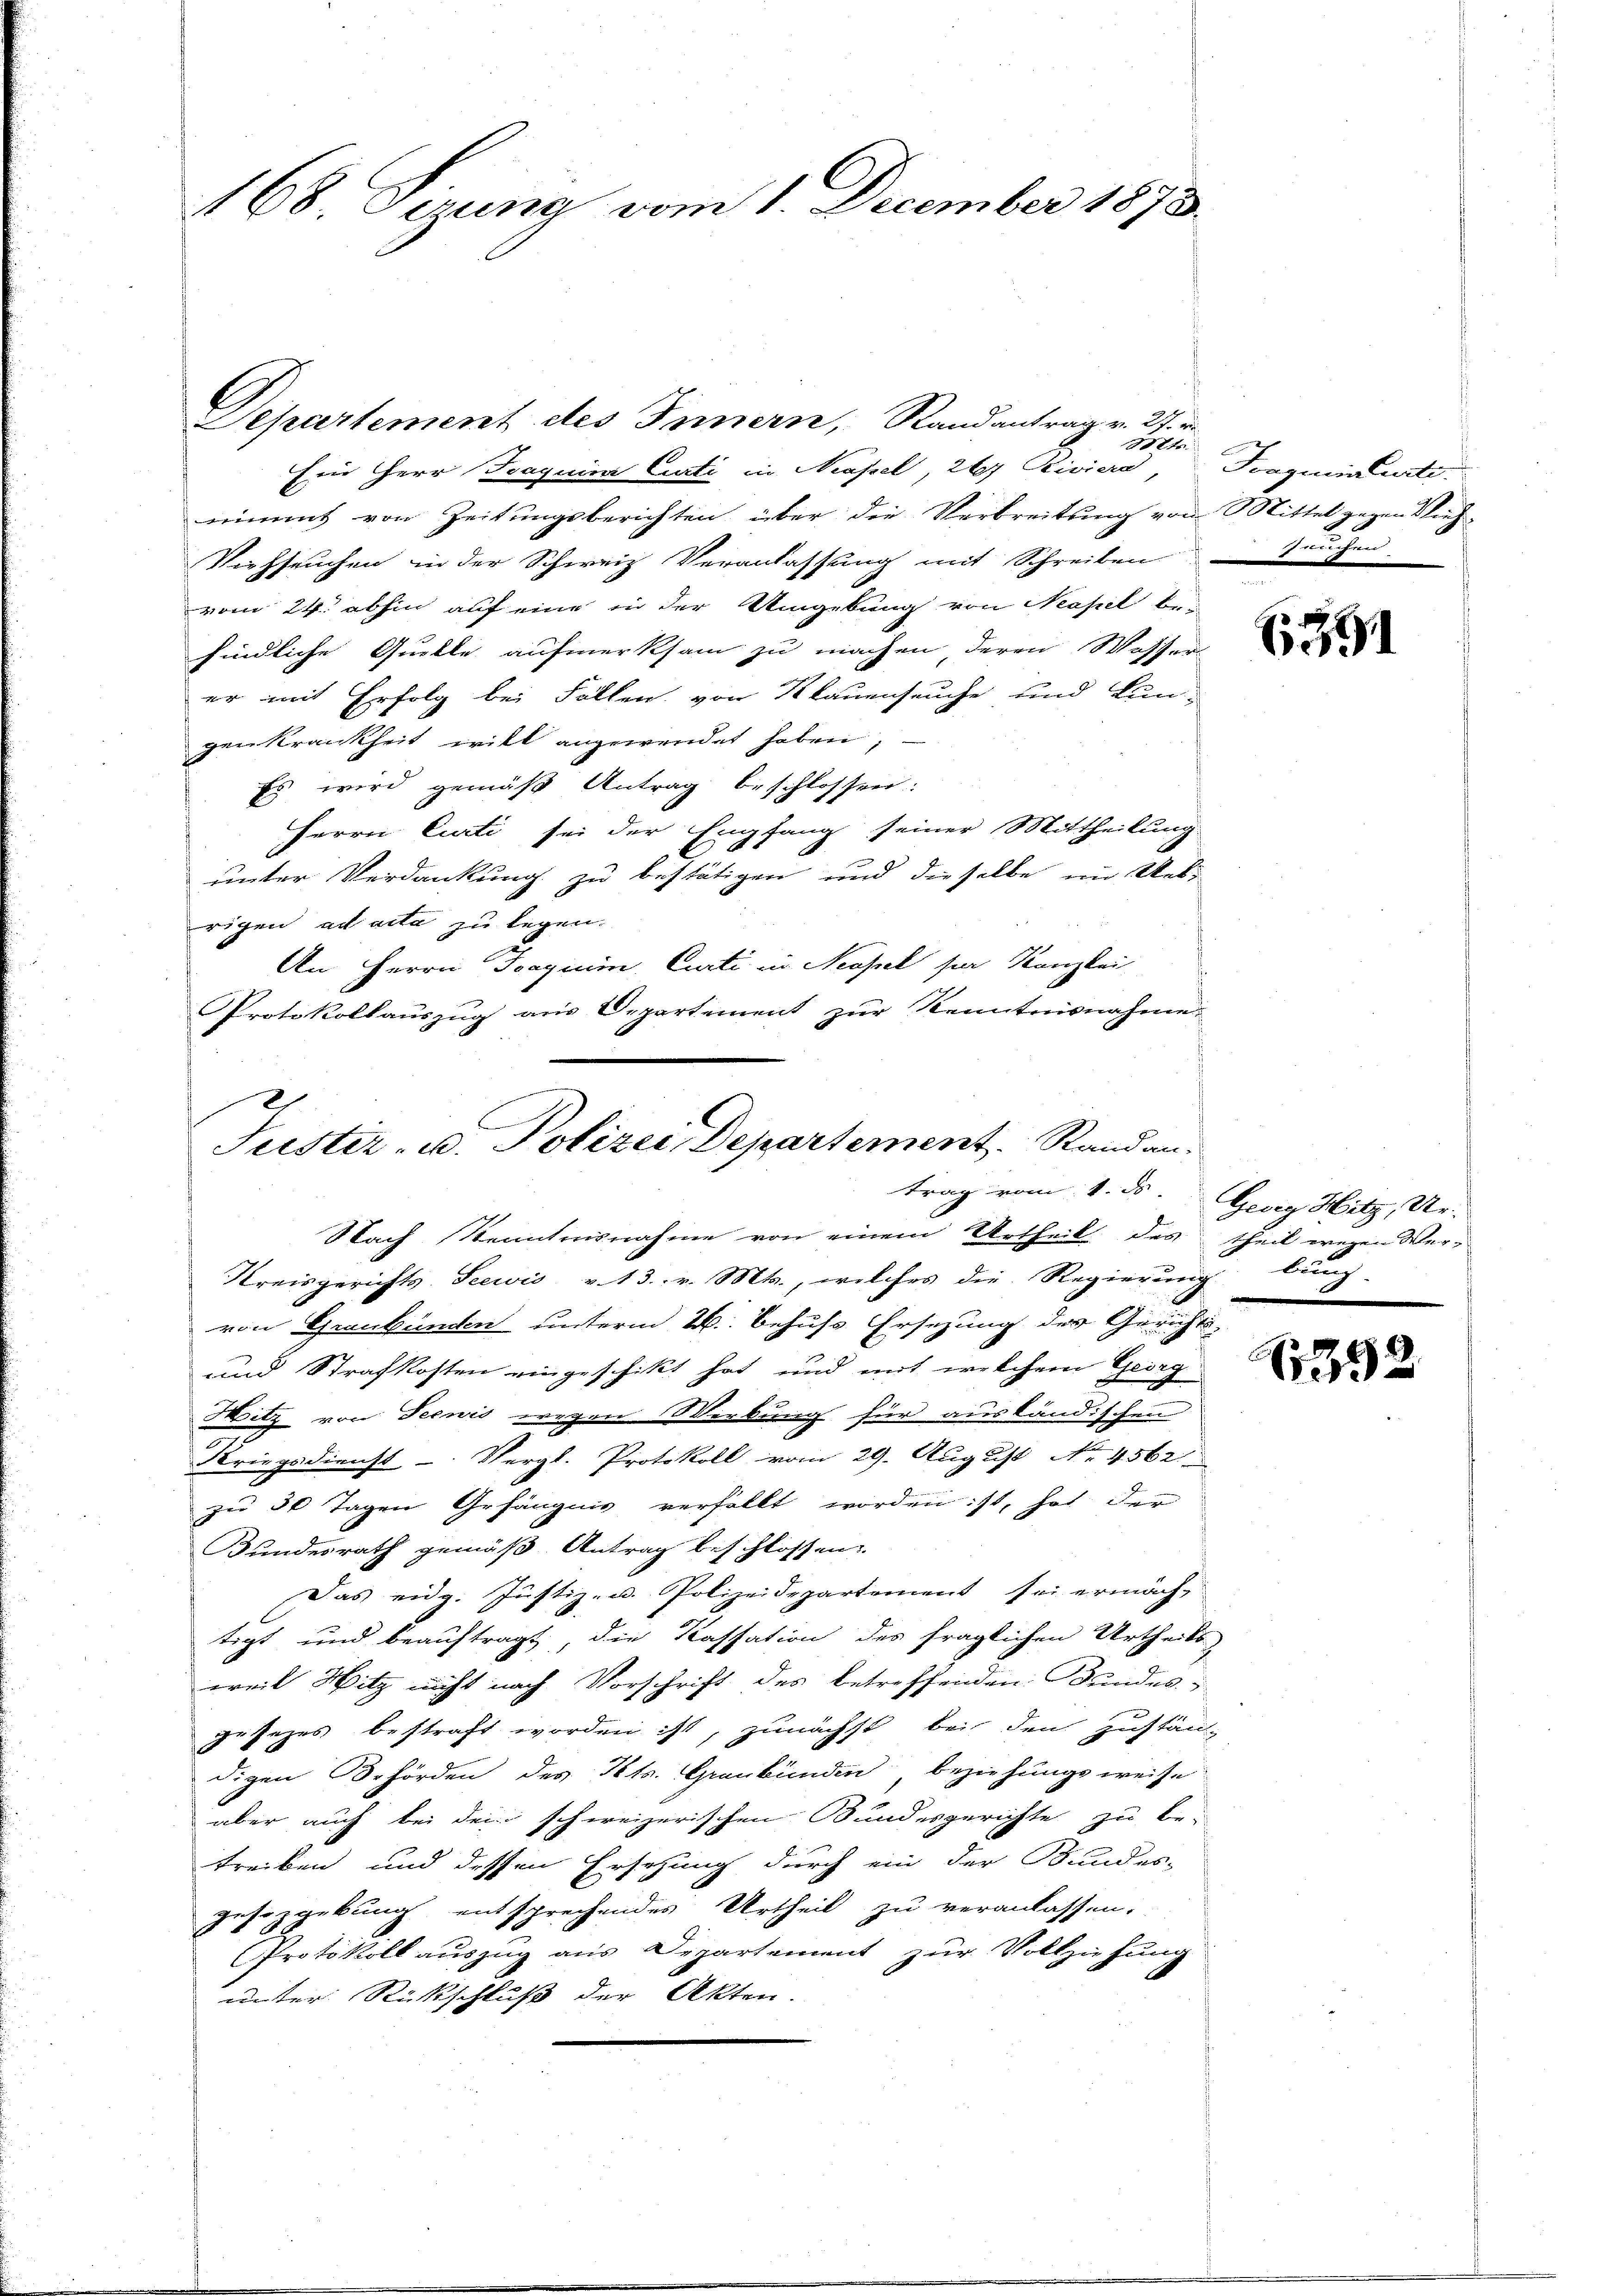
168 Sizung vom 1. December 1873.

Departement des Innern, Randantrag v. 27. v.
300fr.
Ein Herr Jaquinz Curti in Neapel, 267 Riviera,
nimmt von Zeitungsberichten über die Verbreitung von Mittel gegen Vieh-
Viehseuchen in der Schweiz Veranlassung mit Schreiben Teuchen
vom 24. abhin auf eine in der Umgebung von Neapel be
findliche Quelle aufmerksam zu machen deren Wasser
er mit Erfolg bei Fällen von Klauenseuche und kun-
genkrankheit will angewendet haben;
Es wird gemäß Antrag beschlossen:
Herrn Curti sei der Empfang seiner Mittheilung
unter Verdankung zu bestätigen und dieselbe im Uebe
rigen ad acta zu legen.
An Herrn Tragium, Curti in Neapel ser Kanzlei
Protokollauszug aus Departement zur Kenntnisnahme.
trag vom 1. ds. Georg Hitz, Ur-
Kreisgerichts-Seewis v. 13. v. Mts., welches die Regierung
von Graubünden unterm 26. behufs Ersezung des Gerichts-
und Strafkosten eingeschikt hat, und mit welchem Georg
Witz von Seewis wegen Wirkung für ausländischen
Kriegsdienst - Vergl. Protokoll vom 29. August No. 4562
zu 30 Tagen Gefängnis verfällt worden ist, hat der
Bundesrath gemäß Antrag beschlossen:
Das eidg. Justiz- u. Polizeidepartement sei ermächtigt und beauftragt, die Kassation des fraglichen Urtheils-
weil Witz nicht nach Vorschrift des betreffenden Bundes-
gesetzes bestraft worden ist, zunächst bei den Zustän-
digen Behörden des Kts. Graubünden, beziehungsweise
aber auch bei dem schweizerischen Bundesgerichte zu be-
treiben und dessen Ersehung durch ein der Bundes-
gesozgebung entsprechendes Urtheil zu veranlassen.
Protokoll auszug aus Departement zur Vollziehung
unter Rückschluss der Akten.

2
Justiz- u. Polizei, Departement   Randan¬
Nach Kenntnisnahme von einem Urtheil des theil wegen Ver-

Traginia Curti

391

bung.

392